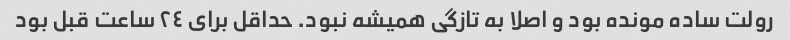
رولت ساده مونده بود و اصلا به تازگی همیشه نبود. حداقل برای ٢٤ ساعت قبل بود